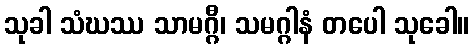
သုခါ သံဃဿ သာမဂ္ဂီ၊ သမဂ္ဂါနံ တပေါ သုခေါ။